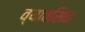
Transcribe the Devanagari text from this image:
व्यावसिक